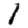
Digit: 1